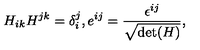
H _ { i k } H ^ { j k } = \delta _ { i } ^ { j } , e ^ { i j } = \frac { \epsilon ^ { i j } } { \sqrt { \mathrm { d e t } ( H ) } } ,